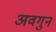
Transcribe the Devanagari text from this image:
अवगुन